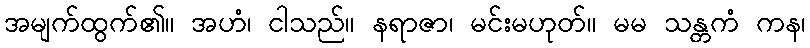
အမျက်ထွက်၏။ အဟံ၊ ငါသည်။ နရာဇာ၊ မင်းမဟုတ်။ မမ သန္တကံ ကန၊